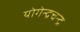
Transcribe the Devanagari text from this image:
योगेन्द्रचन्द्र